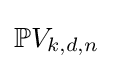
\mathbb {P} V_{k,d,n}